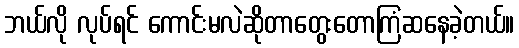
ဘယ်လို လုပ်ရင် ကောင်းမလဲဆိုတာတွေးတောကြံဆနေခဲ့တယ်။